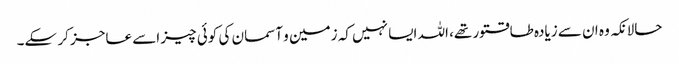
حالانکہ وہ ان سے زیادہ طاقتور تھے، اللہ ایسا نہیں کہ زمین و آسمان کی کوئی چیز اسے عاجز کر سکے۔